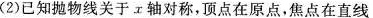
(2)已知抛物线关于α轴对称，顶点在原点，焦点在直线